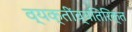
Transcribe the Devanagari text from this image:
व्यक्तींव्यतिरिक्त